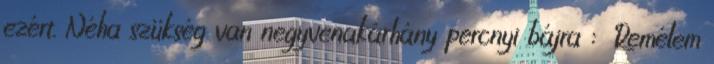
ezért. Néha szükség van negyvenakárhány percnyi bájra : Remélem